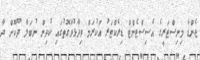
ޖެންޑާ މިނިސްޓަރީގެ އެސިސްޓެންޓް ޑިރެކްޓަރު އަކުރަމް ވިދާޅުވާގޮތުގައި ކުދިން ނުބަލާ ދޫކޮށް ދާ